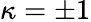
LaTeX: \kappa=\pm 1